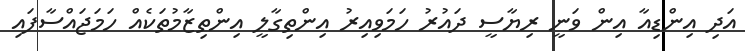
އަދި އިންޑިއާ އިން ވަނީ ރިޔާސީ ދައުރު ހަމަވިއިރު އިންތިގާލީ އިންތިޒާމުތަކެއް ހަމަޖައްސާފައި